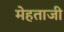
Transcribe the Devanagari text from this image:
मेहताजी